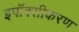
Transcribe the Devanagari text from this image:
इपॉक्सीकरण